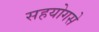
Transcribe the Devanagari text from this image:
सहयोगसे